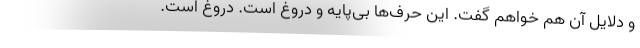
و دلایل آن هم خواهم گفت. این حرف‌ها بی‌پایه و دروغ است. دروغ است.